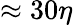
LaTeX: \approx 30\eta